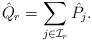
LaTeX: \begin{align*}\hat{Q}_r=\sum_{j\in \mathcal{I}_r}\hat{P}_j.\end{align*}